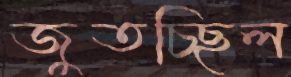
জুতচ্ছিল